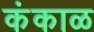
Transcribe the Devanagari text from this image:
कंकाळ